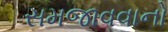
સમજાવવાનો